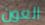
العون